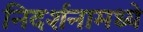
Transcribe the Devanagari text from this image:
निदर्शनामध्ये